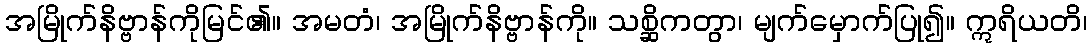
အမြိုက်နိဗ္ဗာန်ကိုမြင်၏။ အမတံ၊ အမြိုက်နိဗ္ဗာန်ကို။ သစ္ဆိကတွာ၊ မျက်မှောက်ပြု၍။ ဣရိယတိ၊